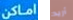
اماكن أريد